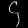
Digit: ၄